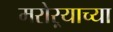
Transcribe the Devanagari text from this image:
मरोऱ्याच्या